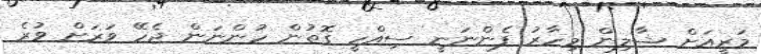
މަރީއަށް ޝާލިން މިހާރު ފެންނަނީ ސިއްހީ ގޮތުން ހުންނަން ޖެހޭ ވަރަށް ވުރެ